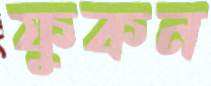
ফুকন